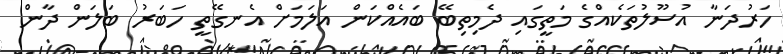
ހަރުދަނާ އުސޫލުތަކެއްގެ މަތީގައި ދެމިތިބޭ ބައެއްކަން އަލަމަށް އެނގޭތީ ހަބަރު ބަލަން ދާން